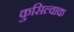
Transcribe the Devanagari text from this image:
कुसिल्वाक